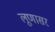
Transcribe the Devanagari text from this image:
लूणासर